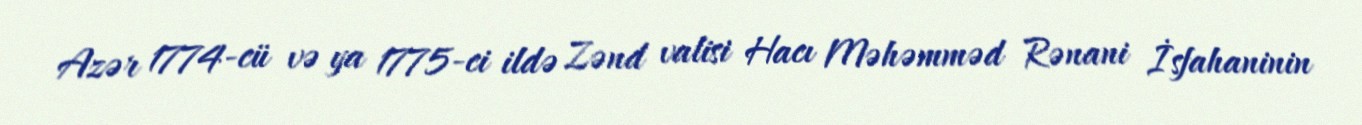
Azər 1774-cü və ya 1775-ci ildə Zənd valisi Hacı Məhəmməd Rənani İsfahaninin